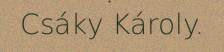
Csáky Károly.